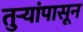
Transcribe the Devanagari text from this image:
तुर्‍यांपासून